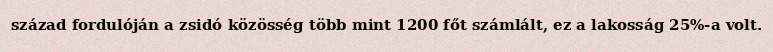
század fordulóján a zsidó közösség több mint 1200 főt számlált, ez a lakosság 25%-a volt.